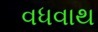
વધવાથ